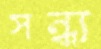
সন্ধ্য